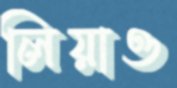
লিয়াও